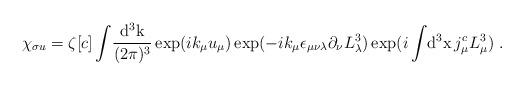
LaTeX: \begin{align*}\chi_{\sigma u}=\zeta[c]\int\!\frac{\rm d^3k}{(2\pi)^3}\exp(ik_\mu u_\mu)\exp(-ik_\mu\epsilon_{\mu\nu\lambda}\partial_\nu L^3_\lambda)\exp(i\int\!{\rm d^3x}\,j^c_\mu L^3_\mu)~.\end{align*}